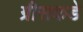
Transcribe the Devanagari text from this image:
ग्रीसकडे